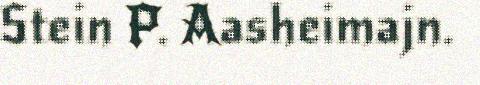
Stein P. Aasheimajn.